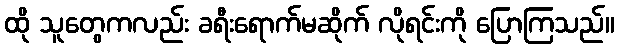
ထို သူတွေကလည်း ခရီးရောက်မဆိုက် လိုရင်းကို ပြောကြသည်။